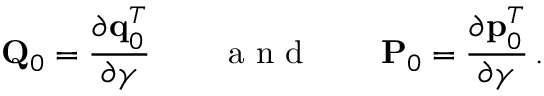
{ \bf Q } _ { 0 } = \frac { \partial { \bf q } _ { 0 } ^ { T } } { \partial \boldsymbol { \gamma } } \qquad \mathrm { ~ a ~ n ~ d ~ } \qquad { \bf P } _ { 0 } = \frac { \partial { \bf p } _ { 0 } ^ { T } } { \partial \boldsymbol { \gamma } } \, .